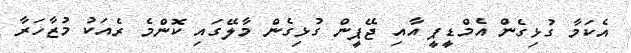
އެކަމާ ގުޅިގެން އެމްޑީޕީ އާއި ޖޭޕީން ގުޅިގެން މާލޭގައި ކޮންމެ ރެއަކު މުޒާހަރާ